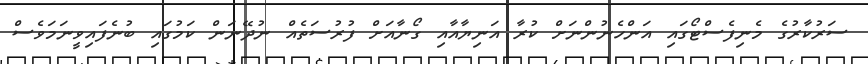
ސަރުކާރުގެ މެނިފެސްޓޯގައި އަންހެނުންނަށް ކުރާ އަނިޔާއާއި ގޯނާއަށް ފުރުސަތެއް ނުދޭނަން ކަމުގައި ބުނެފައިވީނަމަވެސް